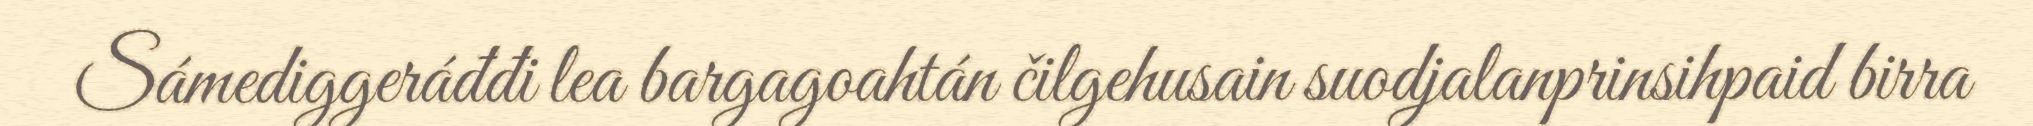
Sámediggeráđđi lea bargagoahtán čilgehusain suodjalanprinsihpaid birra